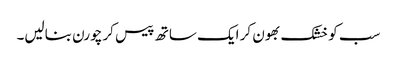
سب کو خشک بھون کر ایک ساتھ پیس کر چورن بنالیں۔